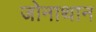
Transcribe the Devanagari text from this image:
जोनाथान